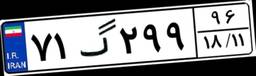
۷۱گ۲۹۹۹۶